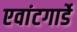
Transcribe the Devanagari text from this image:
एवांटगार्डे